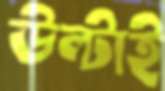
উল্টাই